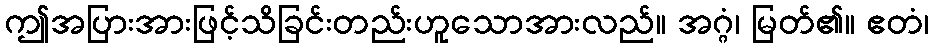
ဤအပြားအားဖြင့်သိခြင်းတည်းဟူသောအားလည်။ အဂ္ဂံ၊ မြတ်၏။ ဧတံ၊